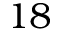
1 8